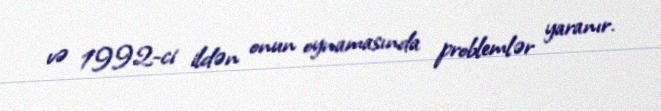
və 1992-ci ildən onun oynamasında problemlər yaranır.